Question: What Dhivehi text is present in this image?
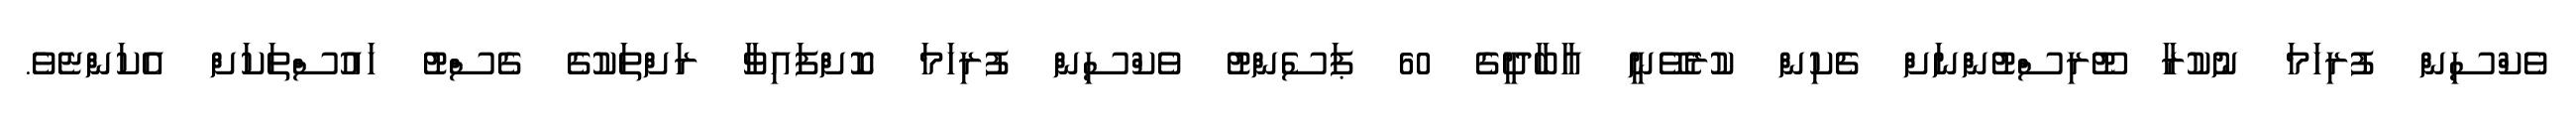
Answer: ވެކްސިން ފުރިހަމަ ނުކުރާ ޓޫރިސްޓުންނަށް ޗެކިން ކުރެވޭނީ އާބާދީގެ 60 ޕަސެންޓު ވެކްސިން ފުރިހަމަ ކޮށްފައިވާ ރަށްތަކުގެ ގެސްޓު ހައުސްތަކަށް އެކަންޏެވެ.